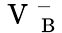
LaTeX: \mathrm{~V~}_{\mathrm{~B~}}^{-}